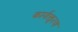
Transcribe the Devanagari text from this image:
कार्यक्तृत्व